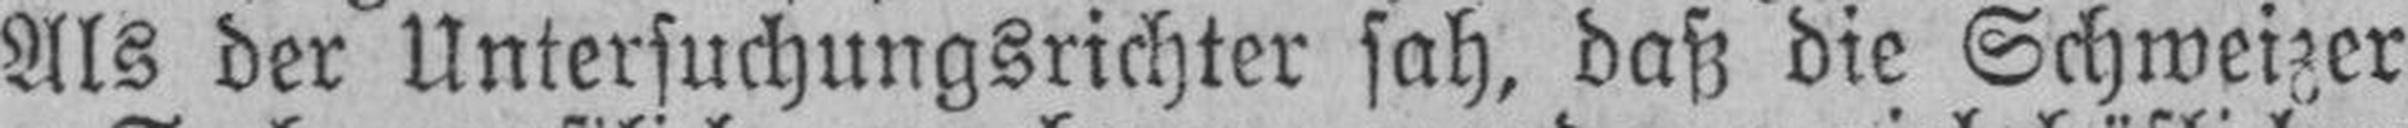
Als der Untersuchungsrichter sah, daß die Schweizer